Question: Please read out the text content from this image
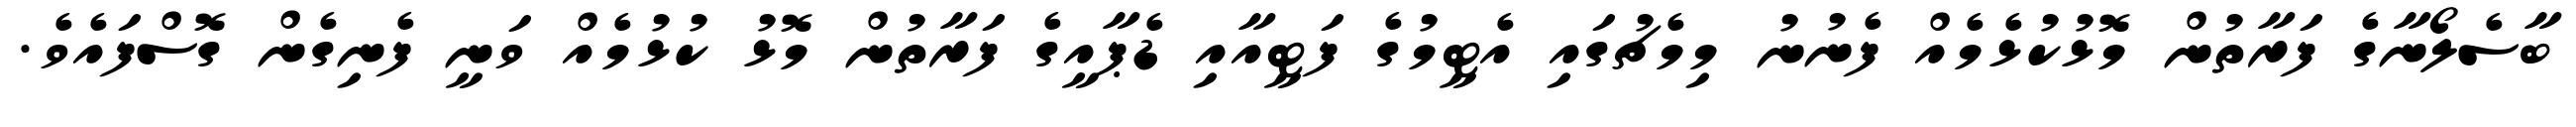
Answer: ބާސެލޯނާގެ ފަރާތުން މޮޅުކުޅެމެއް ފެނުނު މިމެޗުގައި އެޓީމުގެ ފަޓީއާއި ޑެޕާއީގެ ފަރާތުން މޮޅު ކުޅުމެއް ވަނީ ފެނިގެން ގޮސްފައެވެ.